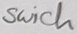
Text: Swich